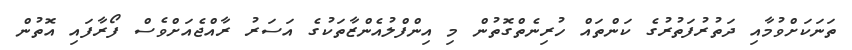
ތަނަކަށްވުމާއި ދަތުރުފަތުރުގެ ކަންތައް ހުރިނެތްގޮތުން މި އިންފްލުއެންޒާތަކުގެ އަސަރު ރާއްޖެއަށްވެސް ފޯރާފައި އޮތުން